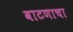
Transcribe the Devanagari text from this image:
वाटणाचा